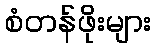
စံတန်ဖိုးများ